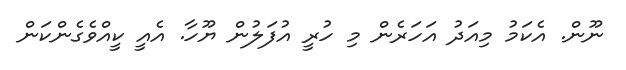
ނޫން. އެކަމު މިއަދު އަހަރެން މި ހުރީ އުފަލުން ޔޫހާ. އެއީ ކީއްވެގެންކަން